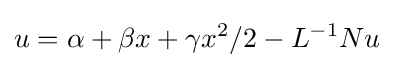
u=\alpha +\beta x+\gamma x^{2}/2-L^{-1}Nu